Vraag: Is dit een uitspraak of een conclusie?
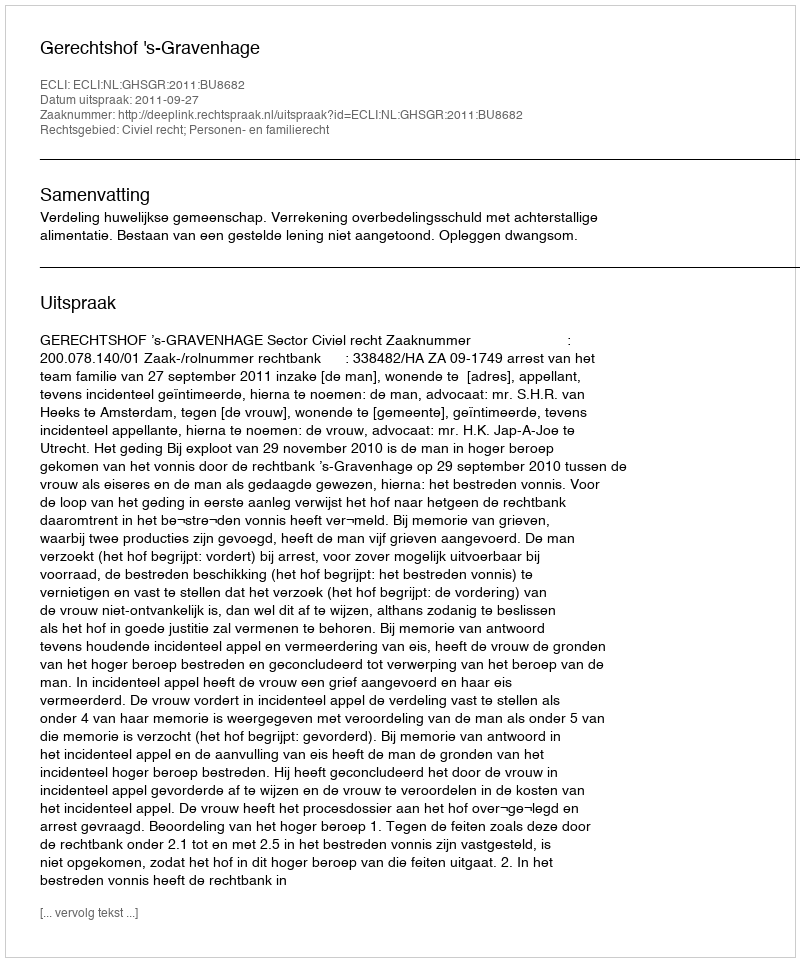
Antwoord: Uitspraak